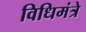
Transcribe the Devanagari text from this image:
विधिमंत्रे